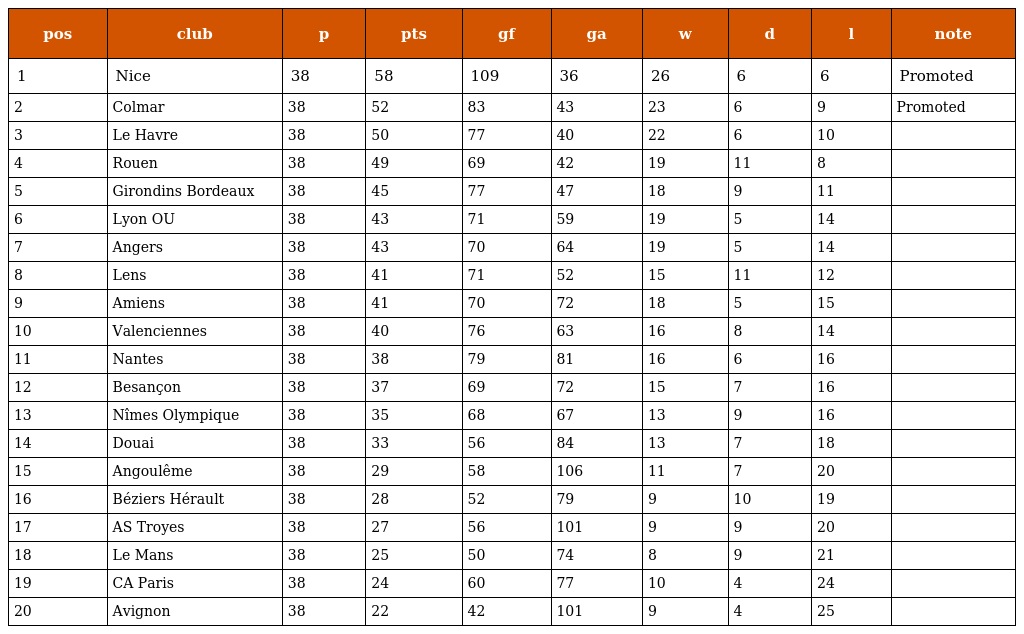
| pos | club | p | pts | gf | ga | w | d | l | note |
 | --- | --- | --- | --- | --- | --- | --- | --- | --- | --- |
 | 1 | Nice | 38 | 58 | 109 | 36 | 26 | 6 | 6 | Promoted |
 | 2 | Colmar | 38 | 52 | 83 | 43 | 23 | 6 | 9 | Promoted |
 | 3 | Le Havre | 38 | 50 | 77 | 40 | 22 | 6 | 10 |  |
 | 4 | Rouen | 38 | 49 | 69 | 42 | 19 | 11 | 8 |  |
 | 5 | Girondins Bordeaux | 38 | 45 | 77 | 47 | 18 | 9 | 11 |  |
 | 6 | Lyon OU | 38 | 43 | 71 | 59 | 19 | 5 | 14 |  |
 | 7 | Angers | 38 | 43 | 70 | 64 | 19 | 5 | 14 |  |
 | 8 | Lens | 38 | 41 | 71 | 52 | 15 | 11 | 12 |  |
 | 9 | Amiens | 38 | 41 | 70 | 72 | 18 | 5 | 15 |  |
 | 10 | Valenciennes | 38 | 40 | 76 | 63 | 16 | 8 | 14 |  |
 | 11 | Nantes | 38 | 38 | 79 | 81 | 16 | 6 | 16 |  |
 | 12 | Besançon | 38 | 37 | 69 | 72 | 15 | 7 | 16 |  |
 | 13 | Nîmes Olympique | 38 | 35 | 68 | 67 | 13 | 9 | 16 |  |
 | 14 | Douai | 38 | 33 | 56 | 84 | 13 | 7 | 18 |  |
 | 15 | Angoulême | 38 | 29 | 58 | 106 | 11 | 7 | 20 |  |
 | 16 | Béziers Hérault | 38 | 28 | 52 | 79 | 9 | 10 | 19 |  |
 | 17 | AS Troyes | 38 | 27 | 56 | 101 | 9 | 9 | 20 |  |
 | 18 | Le Mans | 38 | 25 | 50 | 74 | 8 | 9 | 21 |  |
 | 19 | CA Paris | 38 | 24 | 60 | 77 | 10 | 4 | 24 |  |
 | 20 | Avignon | 38 | 22 | 42 | 101 | 9 | 4 | 25 |  |